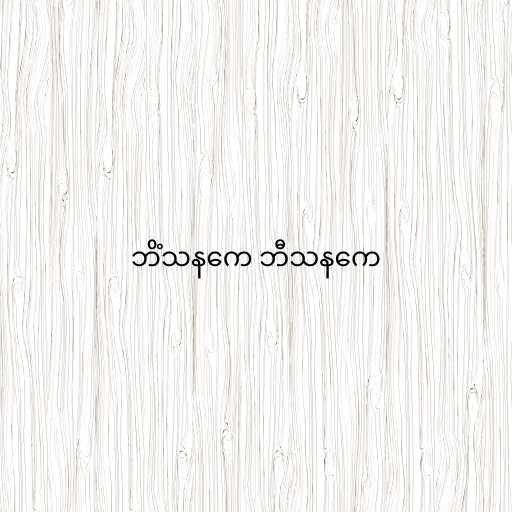
ဘိံသနကေ ဘီသနကေ